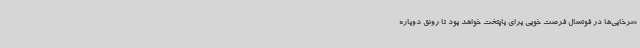
سرخابی‌ها در فوتسال فرصت خوبی برای پایتخت خواهد بود تا رونق دوباره